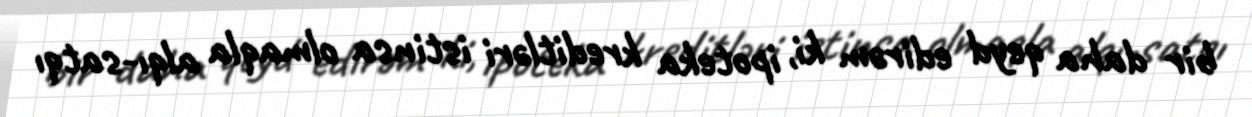
bir daha qeyd edirəm ki, ipoteka kreditləri istinsa olmaqla alqı-satqı